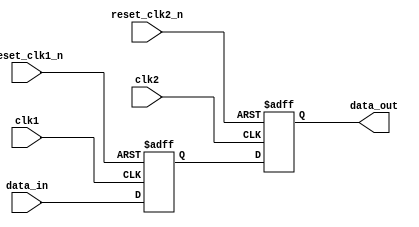
module clock_1_bit_pipe (
                           clk1,
                           clk2,
                           data_in,
                           reset_clk1_n,
                           reset_clk2_n,
                           data_out
                        )
;
  output           data_out;
  input            clk1;
  input            clk2;
  input            data_in;
  input            reset_clk1_n;
  input            reset_clk2_n;
  reg              data_in_d1 ;
  reg              data_out ;
  always @(posedge clk1 or negedge reset_clk1_n)
    begin
      if (reset_clk1_n == 0)
          data_in_d1 <= 0;
      else if (1)
          data_in_d1 <= data_in;
    end
  always @(posedge clk2 or negedge reset_clk2_n)
    begin
      if (reset_clk2_n == 0)
          data_out <= 0;
      else if (1)
          data_out <= data_in_d1;
    end
endmodule